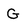
Character: G